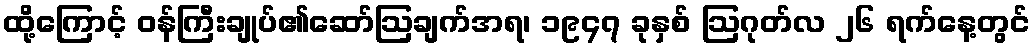
ထို့ကြောင့် ဝန်ကြီးချုပ်၏ဆော်ဩချက်အရ၊ ၁၉၄၇ ခုနှစ် ဩဂုတ်လ ၂၆ ရက်နေ့တွင်